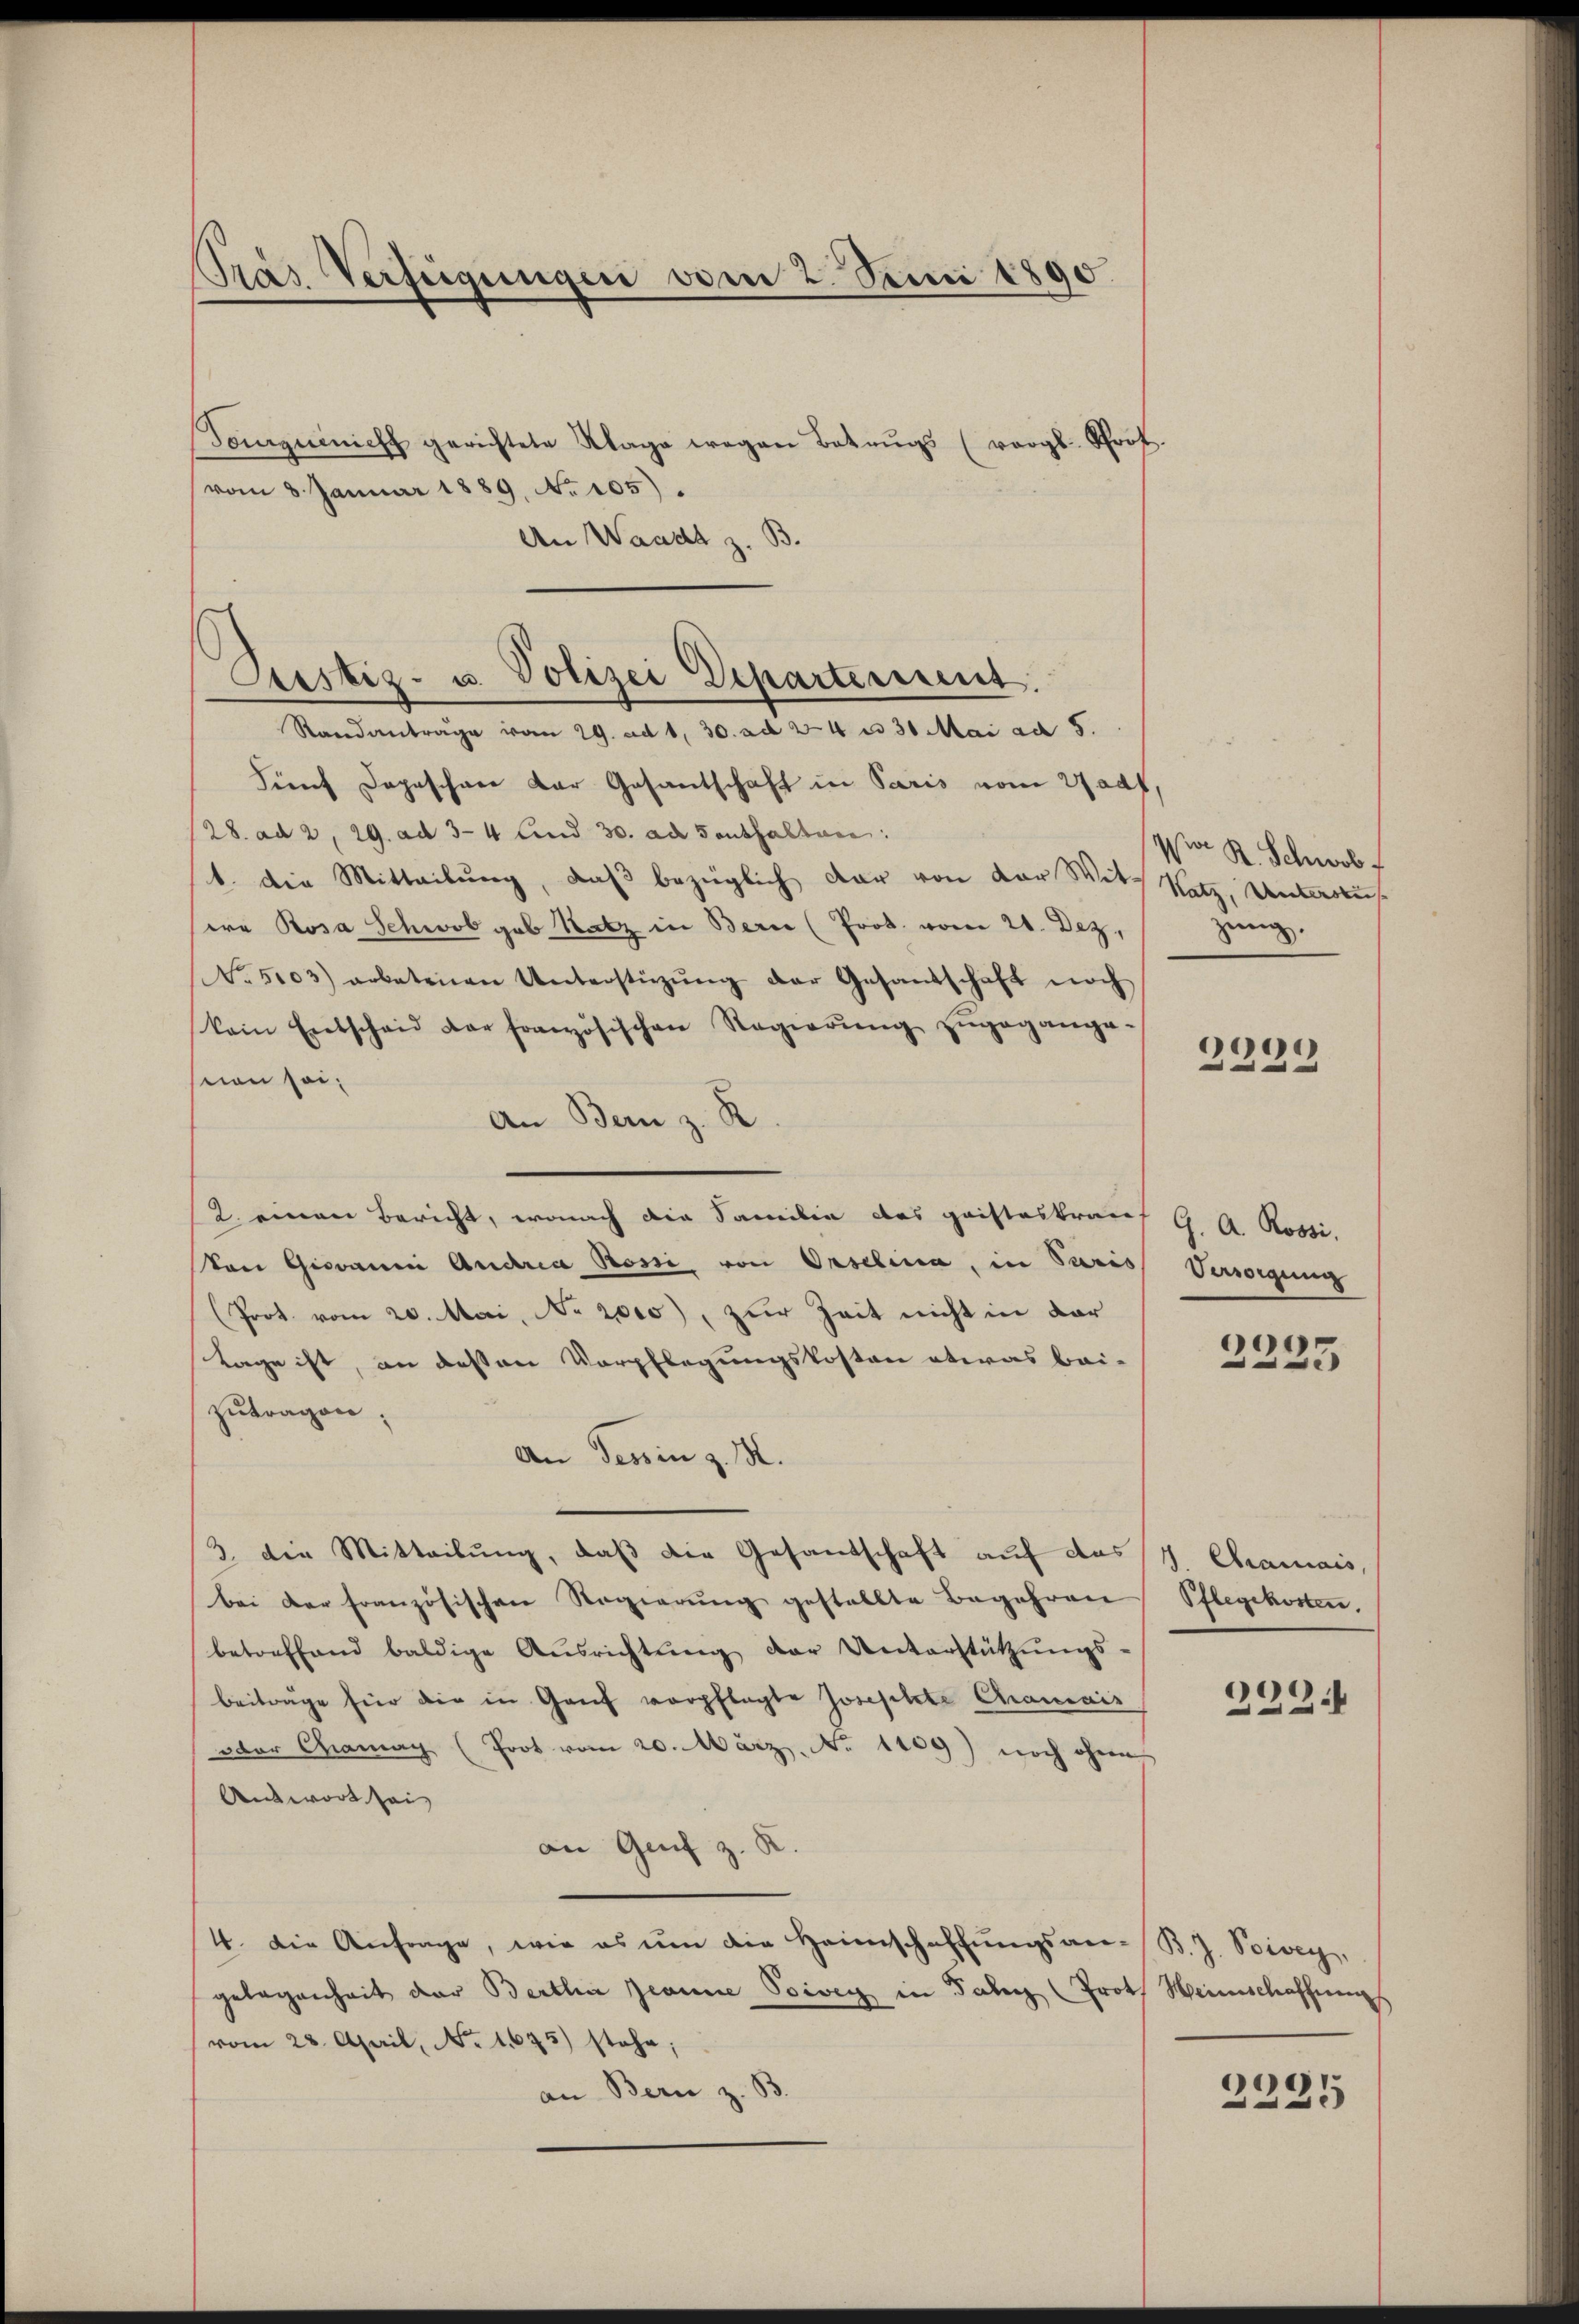
Pras Verfügungen vom 2. Juni 1890.

Tonguenicht gerichtete Klage wegen Betrugs (vergl. Prot
vom 8. Januar 1889 No 105).
An Waadt z. B.
Standantrage vom 29. ad 1. 30. ad 34 u 30 Mai ad 5.
Fünf Dapaschen der Gesantschaft in Paris vom 27adf.
28. ad 2, 29. ad 3-4 und 30. ad Saushalten:
1. Die Mitteilung, daß bezüglich dar von der Witt Satz, Unterlich
ea Rosa Schwol gab Ratz in Bern (Prot. vom 20. Dez.
No. 5103) arbetenen Unterstützŭng der Gesandschaft noch
kein Entscheid der französischen Regierŭng zugegange-
non sei,
An Bern z. R.
2. einen Bericht, wonach die Familie das gaisteskraus G. A. Rossi,
Von Giovanni Andria Rossi von Oeselina, in Paris Versorgung
(Prot. vom 20. Mai, No. 2000), zur Zeit nicht in dar
Tage ist, an deßen Verpflegungskosten etwas bei-
zutragen;
An Tessin z. B.
3. die Mitteilung, daß die Gesandschaft auf das
bei der französischen Regierŭng gestellte Begehren
betreffend baldige Aŭsrichtŭng der Unterstützŭngs-
beiträge für die in Genf verpflegte Josephete Chramais
oder Chama (Frot vom 20. März. No 1109) noch ohne
Antwort sei,
an Genf z. R.
4. Die Anfrage, wie es um die Heimschaffungsangelegenheit der Bertha Jeanne Poiven in Jahr (Prot
vom 28. April, No. 1675) stehe;
an Bern z. B.

Justiz- u. Polizei Departement.

vo R. Schwab f
zung.

2229

2235

1. Aramais,
Pflegekosten.

229.

B. J. Pivey,
Heienschaffnung

2235